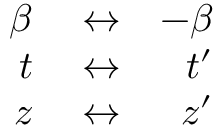
\begin{array} { r l r } { \beta } & { { } \leftrightarrow } & { - \beta } \\ { t } & { { } \leftrightarrow } & { t ^ { \prime } } \\ { z } & { { } \leftrightarrow } & { z ^ { \prime } } \end{array}